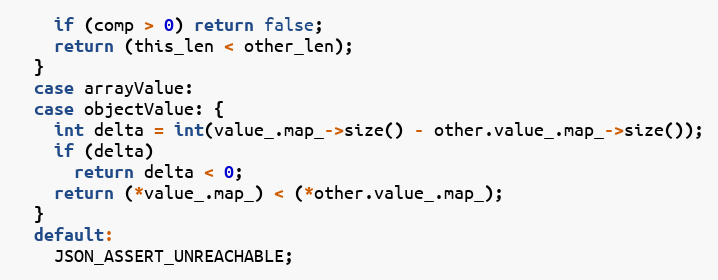
Language: C++
    if (comp > 0) return false;
    return (this_len < other_len);
  }
  case arrayValue:
  case objectValue: {
    int delta = int(value_.map_->size() - other.value_.map_->size());
    if (delta)
      return delta < 0;
    return (*value_.map_) < (*other.value_.map_);
  }
  default:
    JSON_ASSERT_UNREACHABLE;